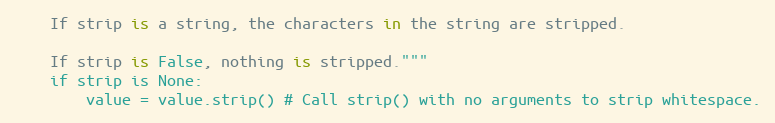
Language: Python
    If strip is a string, the characters in the string are stripped.

    If strip is False, nothing is stripped."""
    if strip is None:
        value = value.strip() # Call strip() with no arguments to strip whitespace.